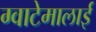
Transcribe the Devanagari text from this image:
ग्वाटेमालाई